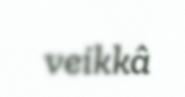
veikkâ